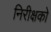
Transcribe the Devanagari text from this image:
निरीक्षको